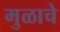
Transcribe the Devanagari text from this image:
मुळाचे